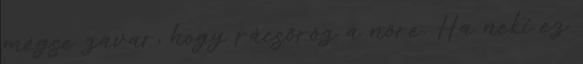
mégse zavar, hogy rácsőröz a nőre. Ha neki ez